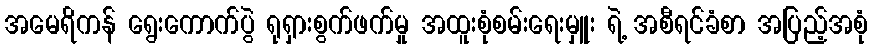
အမေရိကန် ရွေးကောက်ပွဲ ရုရှားစွက်ဖက်မှု အထူးစုံစမ်းရေးမှူး ရဲ့ အစီရင်ခံစာ အပြည့်အစုံ